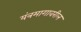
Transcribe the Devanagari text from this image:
यंत्रमागावरील